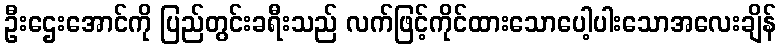
ဦးဌေးအောင်ကို ပြည်တွင်းခရီးသည် လက်ဖြင့်ကိုင်ထားသောပေါ့ပါးသောအလေးချိန်